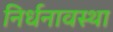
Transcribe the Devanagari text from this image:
निर्धनावस्था